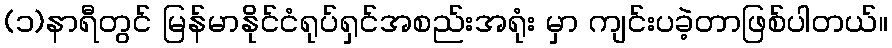
(၁)နာရီတွင် မြန်မာနိုင်ငံရုပ်ရှင်အစည်းအရုံး မှာ ကျင်းပခဲ့တာဖြစ်ပါတယ်။